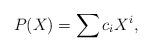
LaTeX: \begin{align*}P(X)=\sum c_i X^i,\end{align*}